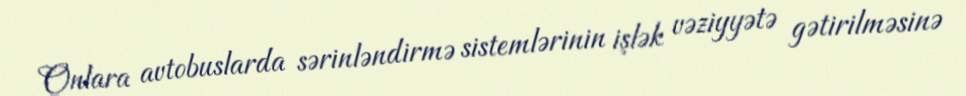
Onlara avtobuslarda sərinləndirmə sistemlərinin işlək vəziyyətə gətirilməsinə